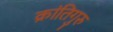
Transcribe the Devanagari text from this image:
क्रांतिगुरु